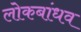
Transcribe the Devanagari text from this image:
लोकबांधव